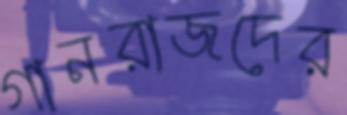
গানরাজদের